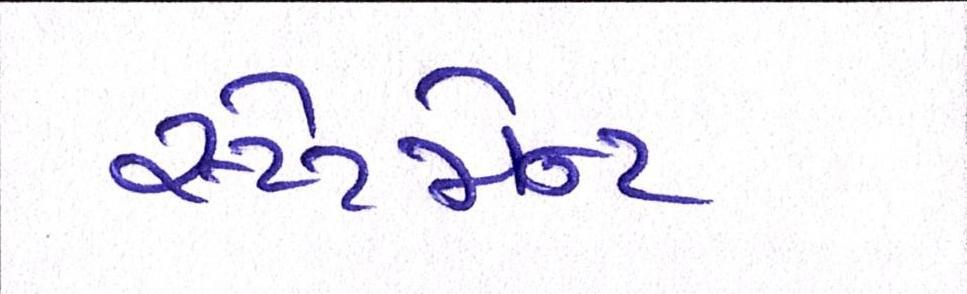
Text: સ્ટેટમેન્ટ